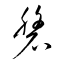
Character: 磐